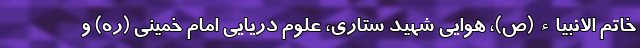
خاتم الانبیاء (ص)، هوایی شهید ستاری، علوم دریایی امام خمینی (ره) و